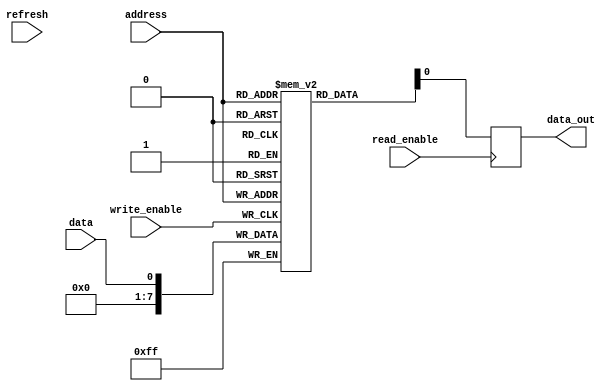
module DRAM (
    input wire [7:0] address,
    input wire data,
    input wire write_enable,
    input wire read_enable,
    input wire refresh,

    output wire data_out
);

reg [7:0] memory [0:255]; // memory blocks arranged in rows and columns

always @(posedge write_enable) begin
    memory[address] <= data; // write data into memory block at specified address
end

always @(posedge read_enable) begin
    data_out <= memory[address]; // read data from memory block at specified address
end

always @(posedge refresh) begin
    // refresh mechanism to prevent data loss
    // implementation details can vary depending on the specific requirements
end

endmodule